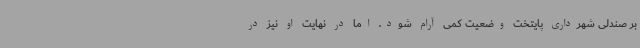
بر صندلی شهرداری پایتخت وضعیت کمی آرام شود. اما در نهایت او نیز در